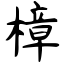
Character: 樟